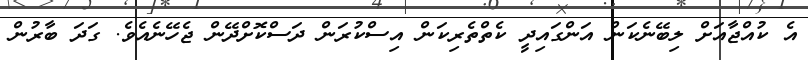
އެ ކުއްޖާއަށް ލިބޭނެކަން އަންގައިދީ ކެތްތެރިކަން އިސްކުރަން ދަސްކޮށްދޭން ޖެހޭނެއެވެ. ގަދަ ބާރުން